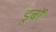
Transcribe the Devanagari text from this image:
डूबों